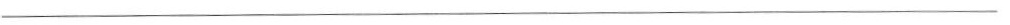
___